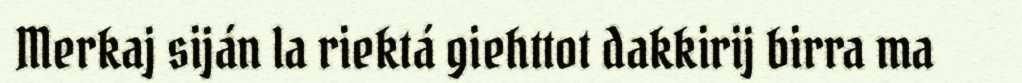
Merkaj siján la riektá giehttot dakkirij birra ma